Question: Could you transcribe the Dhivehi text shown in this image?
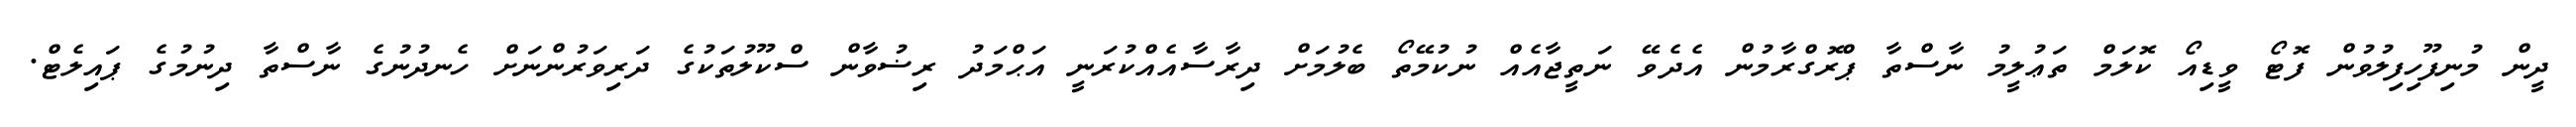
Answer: ދީން މުނިފޫހިފިލުވުން ފޮޓޯ ވީޑިއޯ ކޮލަމް ތަޢުލީމު ނާސްތާ ޕްރޮގްރާމުން އެދެވޭ ނަތީޖާއެއް ނުކުމޭތޯ ބެލުމަށް ދިރާސާއެއްކުރަނީ އަޙްމަދު ރިޟުވާން ސްކޫލުތަކުގެ ދަރިވަރުންނަށް ހެނދުނުގެ ނާސްތާ ދިނުމުގެ ޕައިލެޓް.